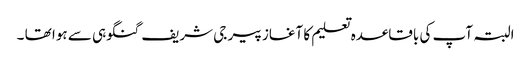
البتہ آپ کی باقاعدہ تعلیم کا آغاز پیر جی شریف گنگوہی سے ہوا تھا ۔